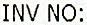
INV NO: